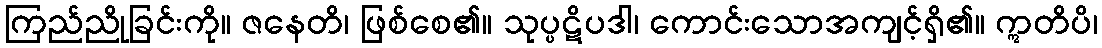
ကြည်ညိုခြင်းကို။ ဇနေတိ၊ ဖြစ်စေ၏။ သုပ္ပဋိပဒါ၊ ကောင်းသောအကျင့်ရှိ၏။ ဣတိပိ၊